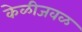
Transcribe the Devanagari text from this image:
केळीजवळ